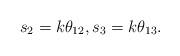
LaTeX: \begin{align*} s_2 = k \theta_{12}, s_3 = k \theta_{13}.\end{align*}